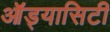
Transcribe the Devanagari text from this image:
ऑड्यासिटी